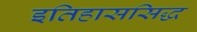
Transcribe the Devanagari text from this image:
इतिहाससिद्ध